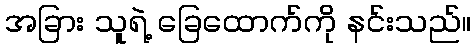
အခြား သူရဲ့ ခြေထောက်ကို နင်းသည်။